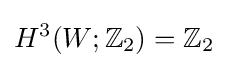
H^{3}(W;\mathbb {Z} _{2})=\mathbb {Z} _{2}